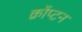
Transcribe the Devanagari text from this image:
क्रोंप्टन